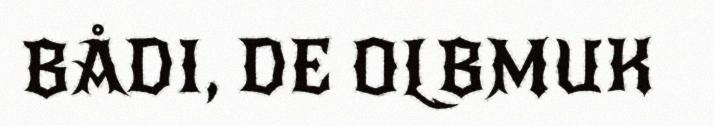
BÅDI, DE OLBMUK